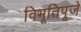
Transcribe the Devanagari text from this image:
विभूतिपूजे